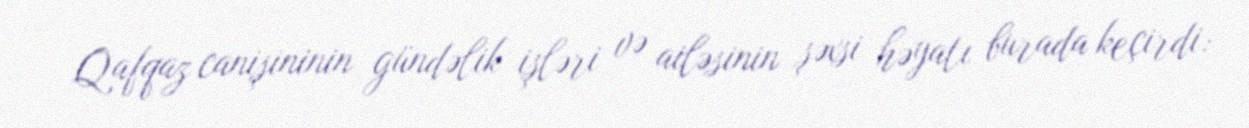
Qafqaz canişininin gündəlik işləri və ailəsinin şəxsi həyatı burada keçirdi: